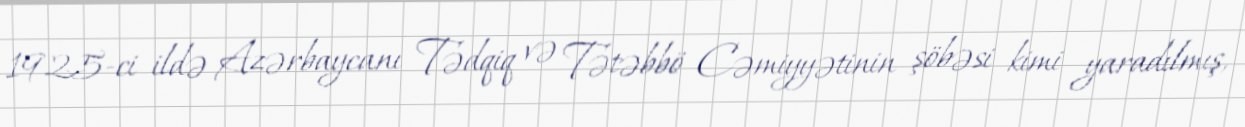
1925-ci ildə Azərbaycanı Tədqiq və Tətəbbö Cəmiyyətinin şöbəsi kimi yaradılmış,